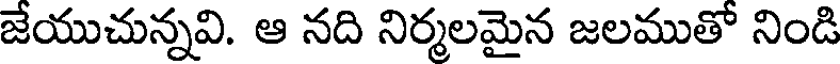
జేయుచున్నవి. ఆ నది నిర్మలమైన జలముతో నిండి